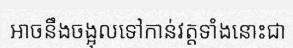
អាចនឹងចង្អុលទៅកាន់វត្តទាំងនោះជា